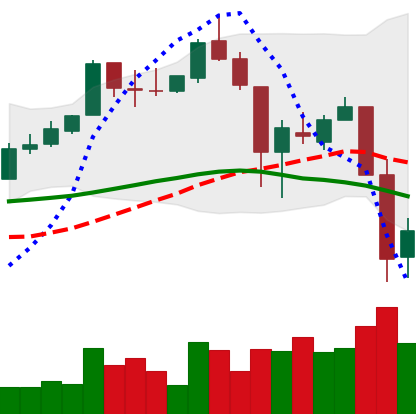
Ticker: XLM-USD
Chart end date: 2018-11-21
Forward return: -28.913%
Label: down_7plus